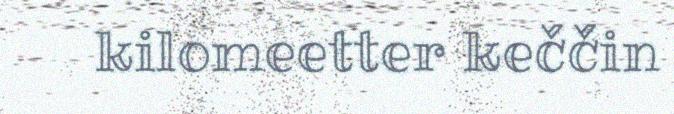
kilomeetter keččin